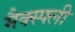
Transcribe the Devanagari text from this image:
मैक्स्फ्ली